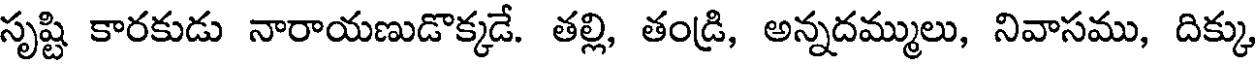
సృష్టి కారకుడు నారాయణుడొక్కడే. తల్లి, తండ్రి, అన్నదమ్ములు, నివాసము, దిక్కు